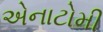
એનાટોમી